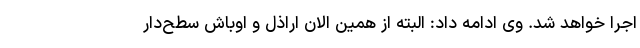
اجرا خواهد شد. وی ادامه داد: البته از همین الان اراذل و اوباش سطح‌دار